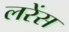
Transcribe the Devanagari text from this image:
लरेंस